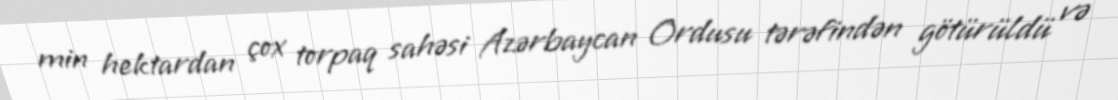
min hektardan çox torpaq sahəsi Azərbaycan Ordusu tərəfindən götürüldü və